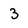
Character: 3